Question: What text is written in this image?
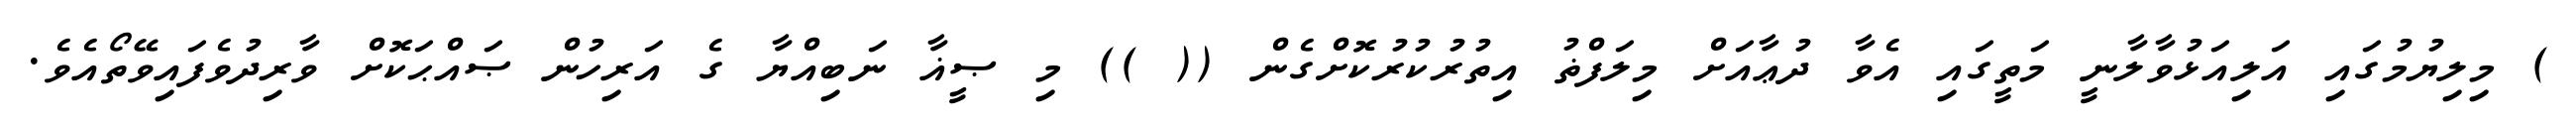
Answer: ) މިލިޔުމުގައި އަލިއަޅުވާލާނީ މަތީގައި އެވާ ދުޢާއަށް މިލަފްޡު އިތުރުކުރުކޮށްގެން (( )) މި ޞީޣާ ނަބިއްޔާ ގެ އަރިހުން ޞައްޙަކޮށް ވާރިދުވެފައިވޭތޯއެވެ.